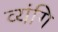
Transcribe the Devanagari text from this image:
व्यंगि